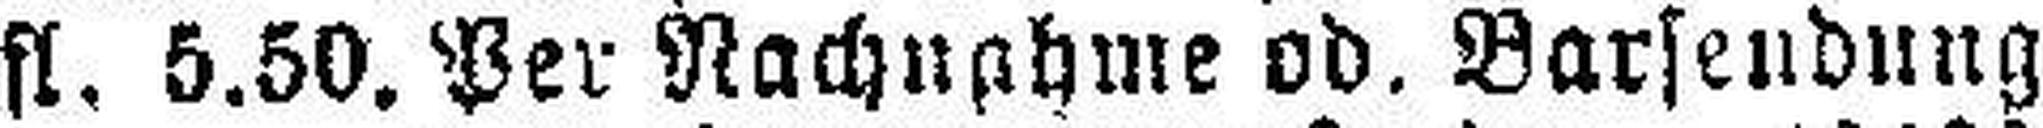
fl. 5.50. Per Nachnahme od. Barsendung